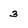
Character: 3